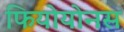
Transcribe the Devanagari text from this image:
फियोयोनस